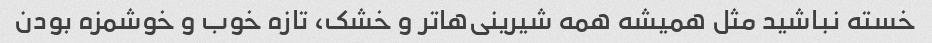
خسته نباشید مثل همیشه همه شیرینی‌ها‌تر و خشک، تازه خوب و خوشمزه بودن